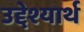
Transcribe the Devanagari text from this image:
उद्देश्यार्थ